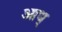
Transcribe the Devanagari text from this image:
आध्